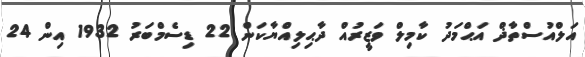
އަލްއުސްތާޛް އަޙްމަދު ކާމިލް ވަޒީރުއް ދާޙިލިއްޔާކަން 22 ޑިސެމްބަރު 1932 އިން 24